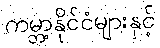
ကမ္ဘာ့နိုင်ငံများနှင့်